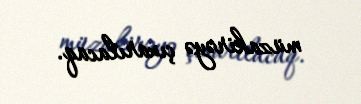
müzakirəyə çıxarılacaq.